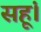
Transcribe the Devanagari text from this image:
सहूं।